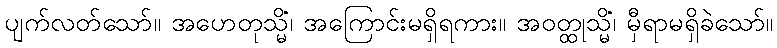
ပျက်လတ်သော်။ အဟေတုသ္မိံ၊ အကြောင်းမရှိရကား။ အဝတ္ထုသ္မိံ၊ မှီရာမရှိခဲသော်။